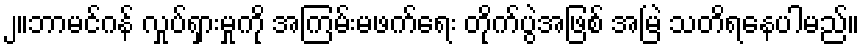
၂။ဘာမင်ဂန် လှုပ်ရှားမှုကို အကြမ်းမဖက်ရေး တိုက်ပွဲအဖြစ် အမြဲ သတိရနေပါမည်။